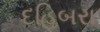
દહિબરા